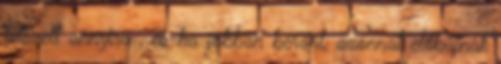
tetszett annyira , és ha jobban beránt, azonnal előbújnak